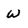
Character: W